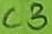
Text: C3